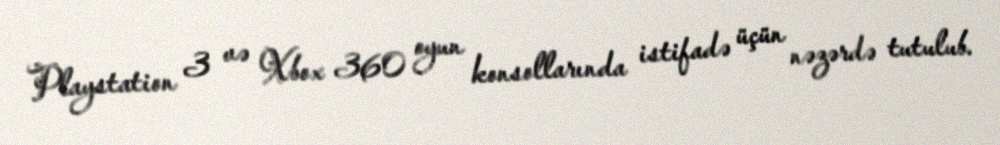
Playstation 3 və Xbox 360 oyun konsollarında istifadə üçün nəzərdə tutulub.